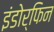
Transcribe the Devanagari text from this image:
इंडोर्फिन